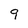
Character: 9